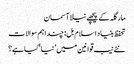
مارگلہ کے پیچھے نیلا آسمان
تحفظ بنیاد اسلام بل: چنداہم سوالات
نئے نیب قوانین میں ’نیا‘ کیا ہے؟